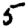
Digit: 5